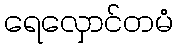
ရေလှောင်တမံ